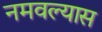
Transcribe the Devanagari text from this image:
नमवल्यास